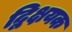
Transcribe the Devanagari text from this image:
द्विक्षयक